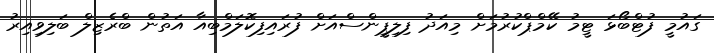
ގައުމީ ފުޓްބޯޅަ ޓީމު ކޭމްޕްކުރުމަށް މިއަދު ފިލިޕީންސްއަށް ފުރައިފިކޮލަމްބިއާ އަތުން ބްރެޒިލް ބަލިވިއިރު